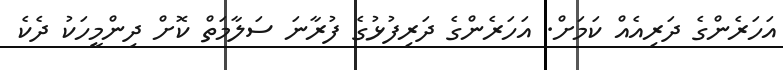
އަހަރެންގެ ދަރިއެއް ކަމަށް. އަހަރެންގެ ދަރިފުޅުގެ ފުރާނަ ސަލާމަތް ކޮށް ދިންމީހަކު ދެކެ